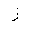
Letter: _zay